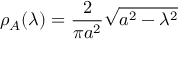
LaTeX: \rho _ { A } ( \lambda ) = \frac { 2 } { \pi a ^ { 2 } } \sqrt { a ^ { 2 } - \lambda ^ { 2 } }